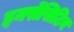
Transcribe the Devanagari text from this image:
इनसेंसिटिव